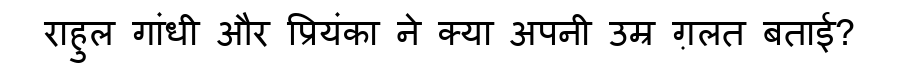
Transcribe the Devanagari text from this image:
राहुल गांधी और प्रियंका ने क्या अपनी उम्र ग़लत बताई?